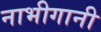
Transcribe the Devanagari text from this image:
नाभीगानी